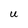
Character: U